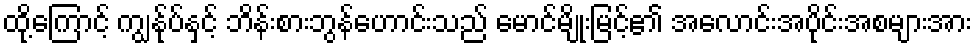
ထို့ကြောင့် ကျွန်ုပ်နှင့် ဘိန်းစားဘွန်ဟောင်းသည် မောင်မျိုးမြင့်၏ အလောင်းအပိုင်းအစများအား